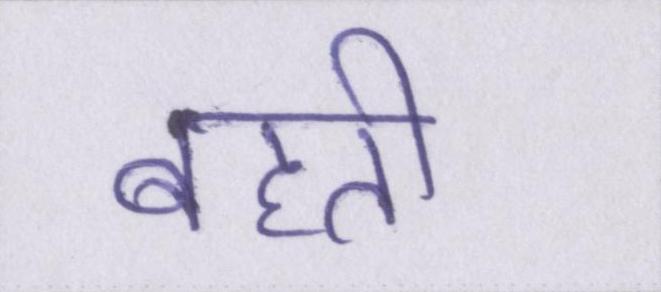
बहती